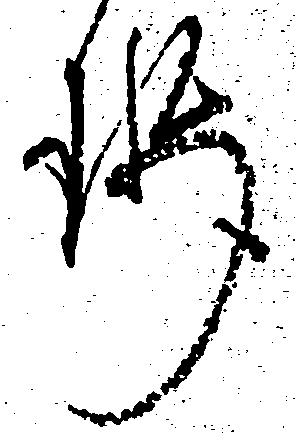
せ